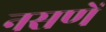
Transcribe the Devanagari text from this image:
नसणें